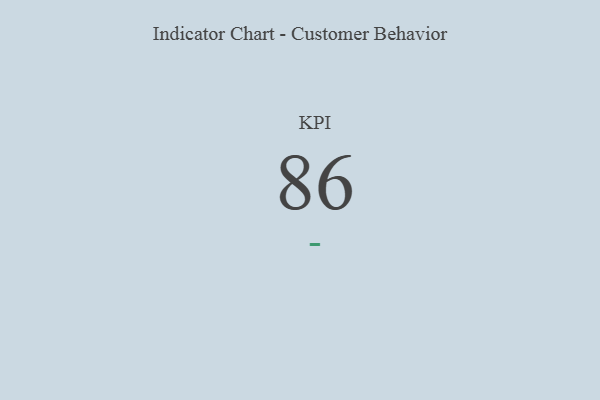
{"axis": {"x": "KPI", "y": "Value"}, "legend": [""], "data": [{"x": "KPI", "y": 86, "type": ""}]}